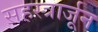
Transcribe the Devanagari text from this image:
सहस्त्रार्जून